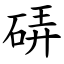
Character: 硦